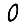
Digit: 0